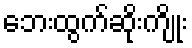
ဘေးထွက်ဆိုးကျိုး